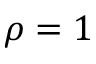
\rho = 1